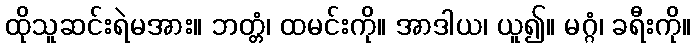
ထိုသူဆင်းရဲမအား။ ဘတ္တံ၊ ထမင်းကို။ အာဒါယ၊ ယူ၍။ မဂ္ဂံ၊ ခရီးကို။